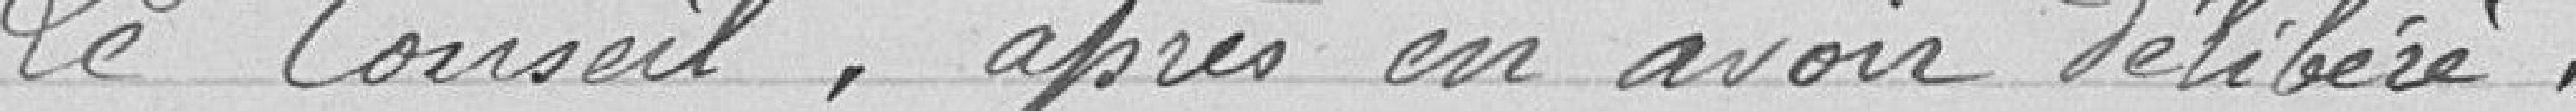
Le Conseil, après en avoir délibéré.